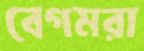
বেগমরা